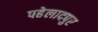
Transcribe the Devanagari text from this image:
पहेलादपुर